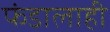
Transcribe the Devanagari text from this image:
फंडालाही